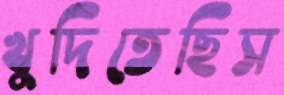
খুদিতেছিস